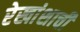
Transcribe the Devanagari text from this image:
रेखांशाची